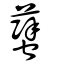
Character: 蠥